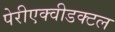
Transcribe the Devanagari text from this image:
पेरीएक्वीडक्टल